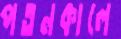
পতনকালে